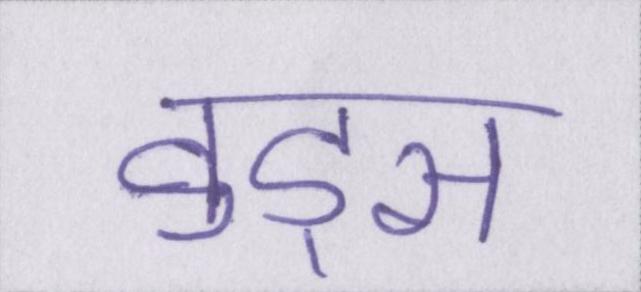
वुड्स